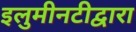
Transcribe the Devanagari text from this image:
इलुमीनटीद्वारा